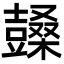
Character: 𣞙